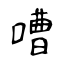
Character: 嘈